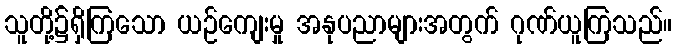
သူတို့၌ရှိကြသော ယဉ်ကျေးမှု အနုပညာများအတွက် ဂုဏ်ယူကြသည်။